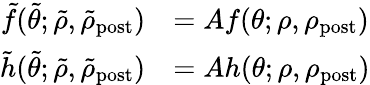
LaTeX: \begin{array}{rl}{\tilde{f}(\tilde{\theta};\tilde{\rho},\tilde{\rho}_{\mathrm{post}})}&{=Af(\theta;\rho,\rho_{\mathrm{post}})}\\ {\tilde{h}(\tilde{\theta};\tilde{\rho},\tilde{\rho}_{\mathrm{post}})}&{=Ah(\theta;\rho,\rho_{\mathrm{post}})}\end{array}